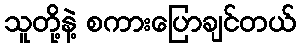
သူတို့နဲ့ စကားပြောချင်တယ်